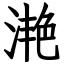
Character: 滟